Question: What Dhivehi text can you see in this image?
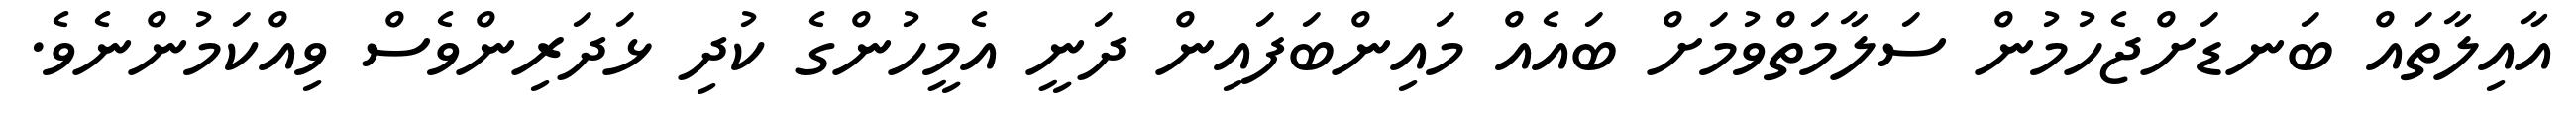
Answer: އާއިލާތައް ބަނޑަށްޖެހުމުން ސަލާމަތްވުމަށް ބައެއް މައިންބަފައިން ދަނީ އެމީހުންގެ ކުދި ޅަދަރިންވެސް ވިއްކަމުންނެވެ.